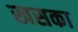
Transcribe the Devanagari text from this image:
खसका